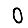
Digit: 0